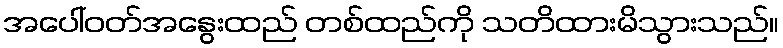
အပေါ်ဝတ်အနွေးထည် တစ်ထည်ကို သတိထားမိသွားသည်။